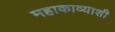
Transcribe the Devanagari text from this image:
महाकाव्याशी